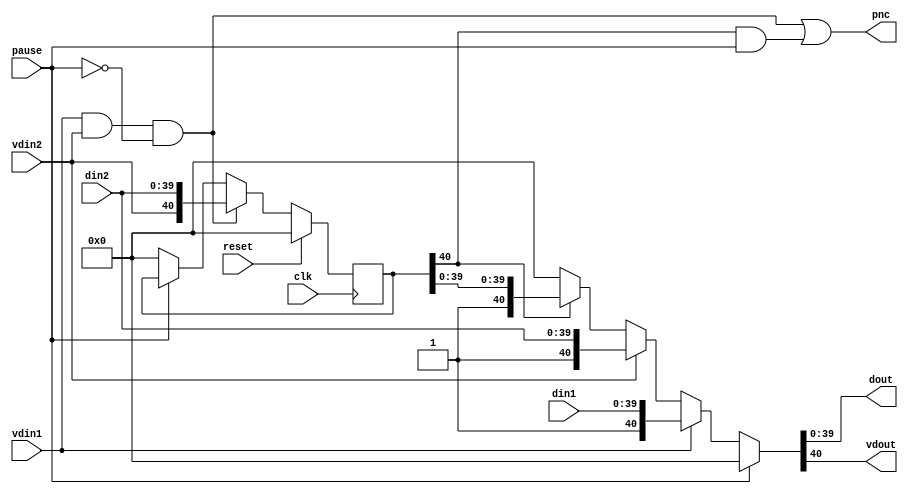
module two2one #(
	parameter  WIDTH = 40
)(
	input clk,
	input reset,
	input pause,
	
	input vdin1,
	input vdin2,
	
	input [WIDTH-1:0] din1,
	input [WIDTH-1:0] din2,
	
	output [WIDTH-1:0] dout,
	output             vdout,
	output pnc
);
	
	wire reg_write_en = vdin1 & vdin2 & !pause ;
	
	reg [WIDTH:0] reg_din2; always@(posedge clk) if (reset) reg_din2 <= {1'b0,{WIDTH{1'b0}}}; else if (reg_write_en) reg_din2 <= {vdin2,din2}; else if (!pause) reg_din2 <= {1'b0,{WIDTH{1'b0}}} ;
	
	wire din2_vreg = reg_din2[WIDTH];
	
	assign {vdout,dout} = (pause     ) ? {1'b0,{WIDTH{1'b0}}}
	:                     (vdin1     ) ? {vdin1,din1}
	:                     (vdin2     ) ? {vdin2,din2}
	:                     (din2_vreg ) ? reg_din2
	:                                    {1'b0,{WIDTH{1'b0}}} ;
	
	assign pnc = reg_write_en | (din2_vreg & pause) ;
	
endmodule